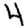
Digit: 4